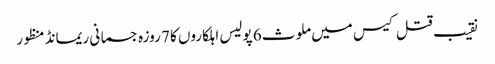
نقیب قتل کیس میں ملوث 6 پولیس اہلکاروں کا 7 روزہ جسمانی ریمانڈ منظور